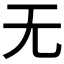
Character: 无